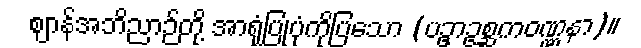
ဈာန်အဘိညာဉ်တို့ အာရုံပြုပုံကိုပြသော (ပဥှာဥစ္ဆကဝဏ္ဏနာ)။